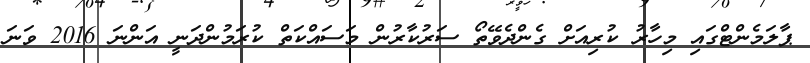
ޕާލަމެންޓްގައި މިހާރު ކުރިއަށް ގެންދެވޭތޯ ސަރުކާރުން މަސައްކަތް ކުރަމުންދަނީ އަންނަ 2016 ވަނަ